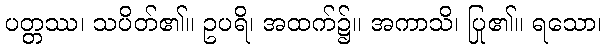
ပတ္တဿ၊ သပိတ်၏။ ဥပရိ၊ အထက်၌။ အကာသိ၊ ပြု၏။ ရသော၊